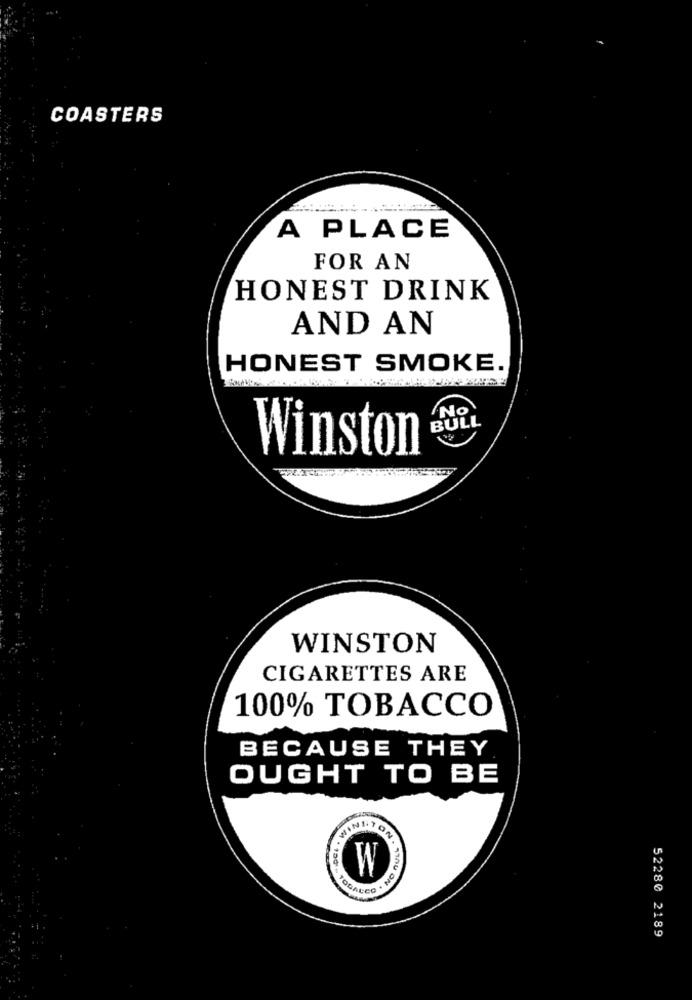
COASTERS
A PLACE
FOR AN
HONEST DRINK
AND AN
HONEST SMOKE.
No
BULL
Winston
WINSTON
CIGARETTES ARE
100% TOBACCO
BECAUSE THEY
OUGHT TO BE
WINITON.
W
ON . THOU ON.
52280 2189